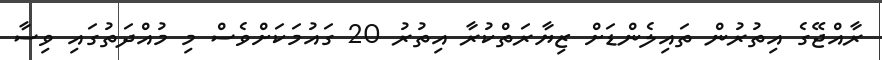
ރާއްޖޭގެ އިތުރުން ތައިލެންޑަށް ޒިޔާރަތްކުރާ އިތުރު 20 ގައުމަކަށްވެސް މި މުއްދަތުގައި ވިސާ